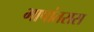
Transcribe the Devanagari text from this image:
भाषांतरास